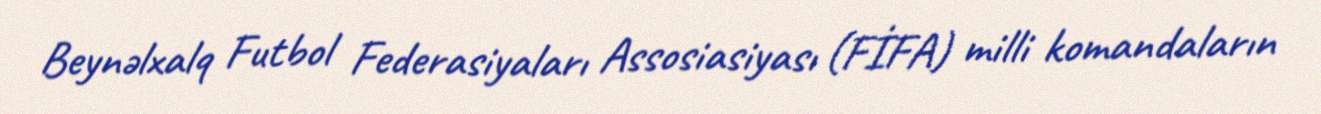
Beynəlxalq Futbol Federasiyaları Assosiasiyası (FİFA) milli komandaların